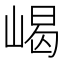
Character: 嵑